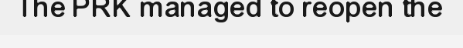
The PRK managed to reopen the